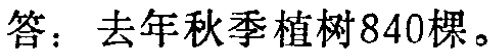
答：去年秋季植树840棵。